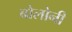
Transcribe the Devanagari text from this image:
बोलोनी